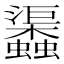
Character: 𧕎